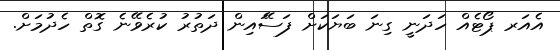
އެއަރ ޕޯޓެއް ހަދަނީ ގިނަ ބަޔަކަށް ފަސޭައިން ދަތުރު ކުރެވޭނެ ގޮތް ހެދުމަށް.